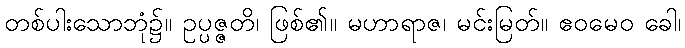
တစ်ပါးသောဘုံ၌။ ဥပ္ပဇ္ဇတိ၊ ဖြစ်၏။ မဟာရာဇ၊ မင်းမြတ်။ ဧဝမေဝ ခေါ၊